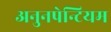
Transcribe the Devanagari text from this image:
अनुनपेन्टियम